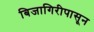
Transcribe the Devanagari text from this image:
बिजागिरीपासून